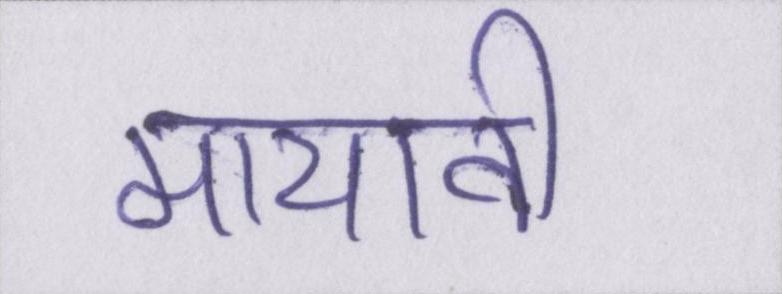
मायावी